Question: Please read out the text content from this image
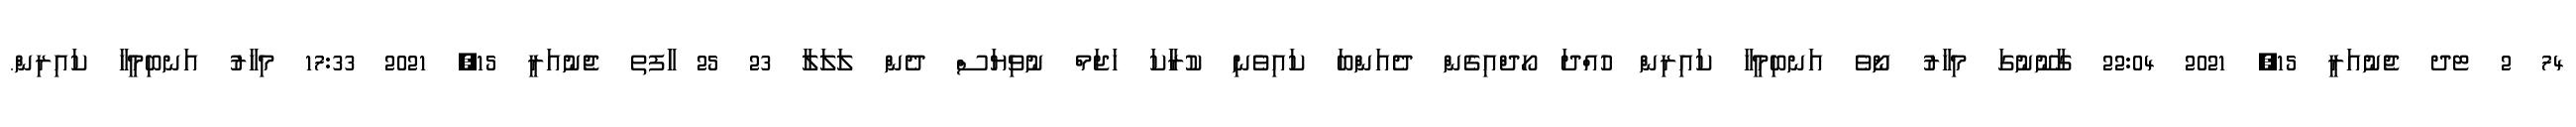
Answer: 74 2 ޓދ ޖެނުއަރީ 15, 2021 22:04 ގާނޫނުގަ މިހާރު ނޯވެ އަނބިމީހާ ކައިރިން ހުއްދަ ހޯދްއިގެން ދެއަންބަ ކައިވެނި ކުރަާކަ ހަޖަމް ނުވިޔަސް ދެން ލަލަލާ 23 25 ާަފތ ޖެނުއަރީ 15, 2021 17:33 މިހާރު އަނބިމީހާ ކައިރިން.